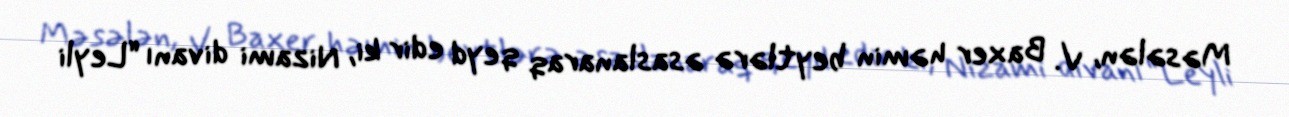
Məsələn, V. Baxer həmin beytlərə əsaslanaraq qeyd edir ki, Nizami divanı “Leyli